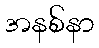
အနစ်နာ